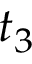
t _ { 3 }